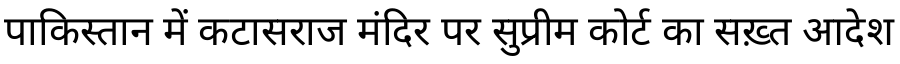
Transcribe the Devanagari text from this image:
पाकिस्तान में कटासराज मंदिर पर सुप्रीम कोर्ट का सख़्त आदेश